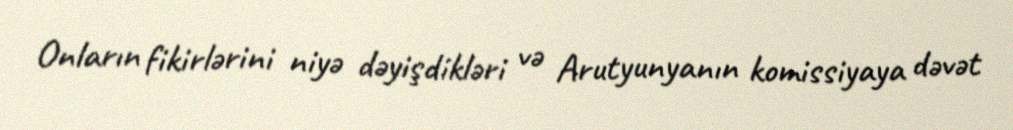
Onların fikirlərini niyə dəyişdikləri və Arutyunyanın komissiyaya dəvət